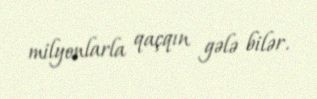
milyonlarla qaçqın gələ bilər.